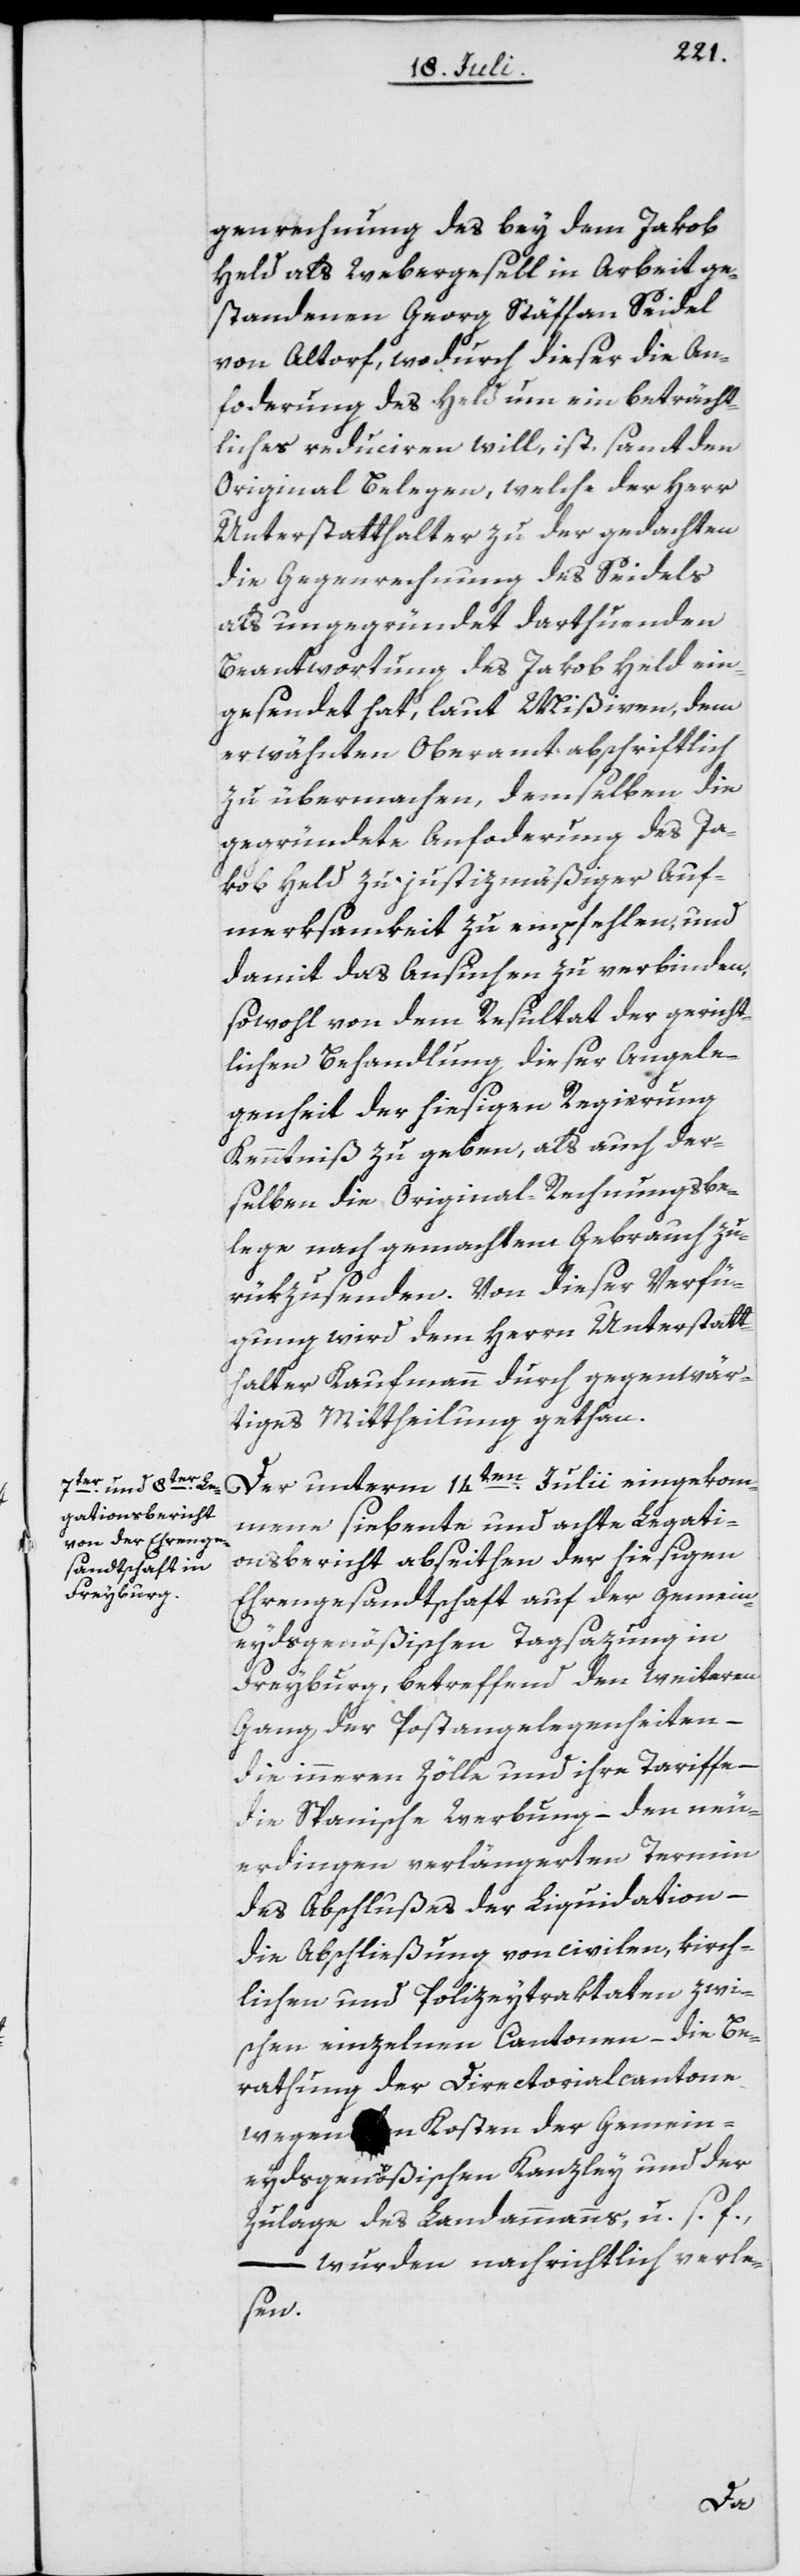
genrechnung des bey dem Jakob
Held als Webergesell in Arbeit ge¬
standenen Georg Stäffan [sic!]
von Altorf, wodurch dieser die An¬
fo[r]derung des Held um ein beträcht¬
liches reduciren will, ist, samt den
Original Belegen, welche der Herr
Unterstatthalter zu der gedachten
die Gegenrechnung des Seidels
als ungegründet darthuenden
Beantwortung des Jakob Held ein¬
gesendet hat, laut Mißiven, dem
erwähnten Oberamt abschriftlich
zu übermachen, demselben die
gegründete Anforderung des Ja¬
kob Held zu justizmäßiger Auf¬
merksamkeit zu empfehlen, und
damit das Ansuchen zu verbinden,
sowohl von dem Resultat der gericht¬
lichen Behandlung dieser Angele¬
genheit der hiesigen Regierung
Kenntniß zu geben, als auch der¬
selben die Original-Rechnungsbe¬
lege nach gemachtem Gebrauch zu¬
rükzusenden. Von dieser Verfü¬
gung wird dem Herrn Unterstatt¬
halter Kaufmann durch gegenwär¬
tiges Mittheilung gethan.
Der unterm 14ten Julii eingekom¬
mene siebente und achte Legati¬
onsbericht abseithen der hiesigen
Ehrengesandtschaft auf der gemein¬
eydsgenößischen Tagsazung in
Freyburg, betreffend den weiteren
Gang der Postangelegenheiten –
die inneren Zölle und ihre Tariffe –
die Spanische Werbung – den neu¬
erdingen verlängerten Termin
des Abschlußes der Liquidation –
die Abschließung von civilen, kirch¬
lichen und Polizeytraktaten zwi¬
schen einzelnen Cantonen – die Be¬
rathung der Directorialkantone
wegen den Kosten der Gemein¬
eydsgenößischen Kanzley und der
Zulage des Landammanns, u. s. f.,
– wurden nachrichtlich verle¬
sen.